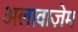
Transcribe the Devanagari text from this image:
अलावाज़ेम